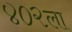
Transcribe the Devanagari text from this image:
४०२ला